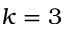
k = 3